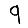
Digit: 9